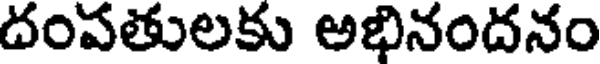
దంపతులకు అభినందనం